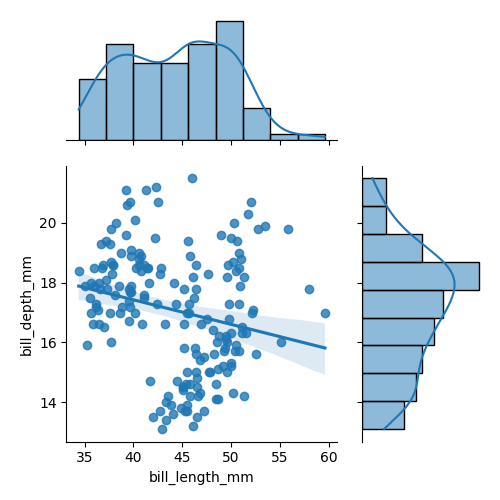
python, seaborn, jointplot, kind='reg', height='5', ratio='2', marginal_ticks='False'